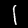
Label: 1